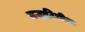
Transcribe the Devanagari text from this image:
मऱ्हाटिचीया